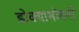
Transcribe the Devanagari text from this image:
डोक्याभोवती